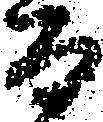
而